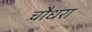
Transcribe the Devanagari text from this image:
चौधरा